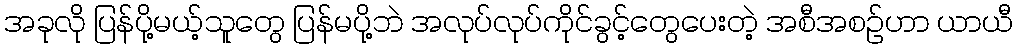
အခုလို ပြန်ပို့မယ့်သူတွေ ပြန်မပို့ဘဲ အလုပ်လုပ်ကိုင်ခွင့်တွေပေးတဲ့ အစီအစဉ်ဟာ ယာယီ